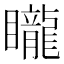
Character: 矓